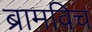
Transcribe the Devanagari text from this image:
ब्रामविच